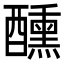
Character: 醺